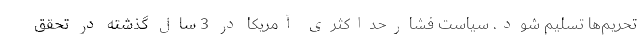
تحریم‌ها تسلیم شود. سیاست فشارحداکثری آمریکا در 3 سال گذشته در تحقق